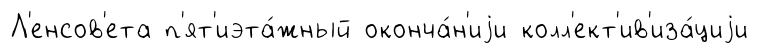
Л'енсов'ета п'ят'иэта́жный оконча́н'иjи колл'ект'ив'иза́циjи